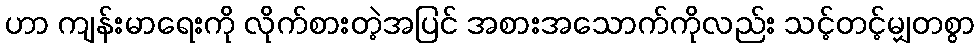
ဟာ ကျန်းမာရေးကို လိုက်စားတဲ့အပြင် အစားအသောက်ကိုလည်း သင့်တင့်မျှတစွာ